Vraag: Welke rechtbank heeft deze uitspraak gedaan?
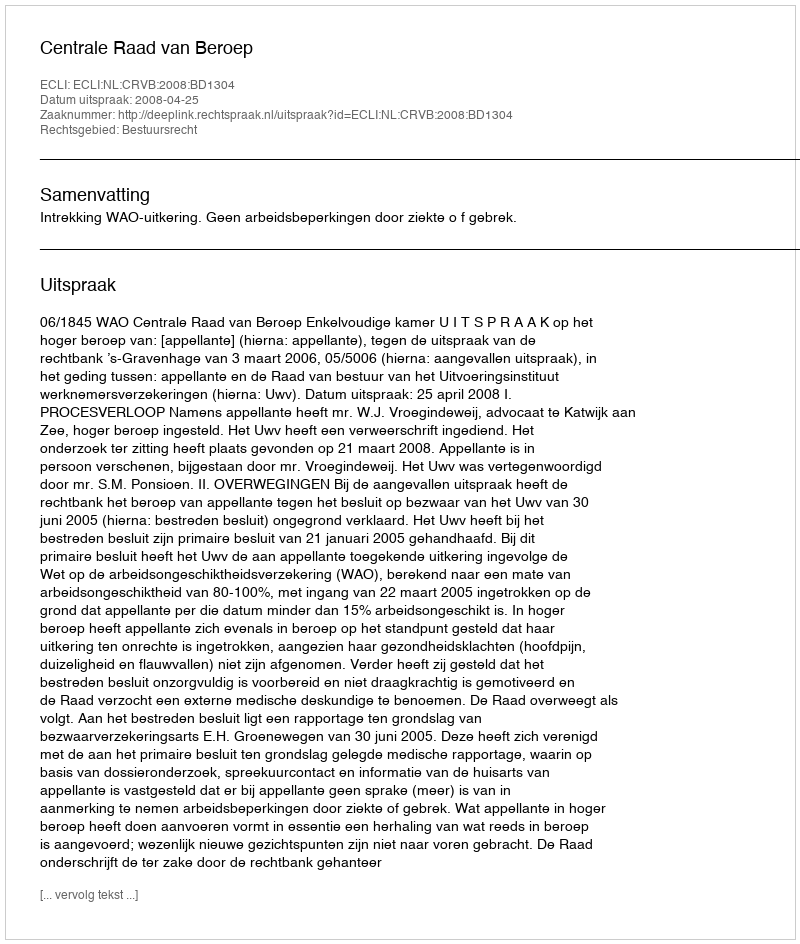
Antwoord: Centrale Raad van Beroep